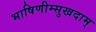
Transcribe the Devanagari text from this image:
भाषिणीम्सुखदाम्